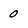
Character: 0